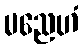
မညေဟံ